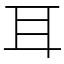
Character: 耳